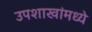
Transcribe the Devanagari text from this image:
उपशाखांमध्ये